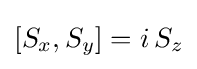
[S_{x},S_{y}]=i\,S_{z}